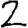
Digit: 2